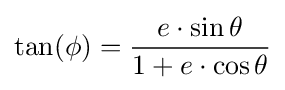
\tan(\phi )={\frac {e\cdot \sin \theta }{1+e\cdot \cos \theta }}